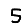
Digit: 5